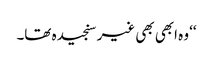
‘‘ وہ ابھی بھی غیر سنجیدہ تھا۔